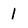
Character: 1